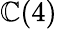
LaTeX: \mathbb{C}(4)